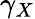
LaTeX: \gamma_{X}